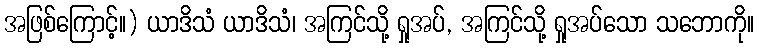
အဖြစ်ကြောင့်။) ယာဒိသံ ယာဒိသံ၊ အကြင်သို့ ရှုအပ်, အကြင်သို့ ရှုအပ်သော သဘောကို။